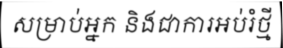
សម្រាប់អ្នក និងជាការអប់រំថ្មី